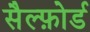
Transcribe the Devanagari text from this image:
सैल्फ़ोर्ड